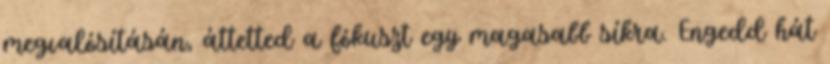
megvalósításán, áttetted a fókuszt egy magasabb síkra. Engedd hát